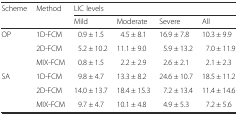
<table><thead><tr><td rowspan="2"><b>Scheme</b></td><td rowspan="2"><b>Method</b></td><td colspan="4"><b>LIC levels</b></td></tr><tr><td><b>Mild</b></td><td><b>Moderate</b></td><td><b>Severe</b></td><td><b>All</b></td></tr></thead><tbody><tr><td rowspan="3">OP</td><td>1D-FCM</td><td>0.9 ± 1.5</td><td>4.5 ± 8.1</td><td>16.9 ± 7.8</td><td>10.3 ± 9.9</td></tr><tr><td>2D-FCM</td><td>5.2 ± 10.2</td><td>11.1 ± 9.0</td><td>5.9 ± 13.2</td><td>7.0 ± 11.9</td></tr><tr><td>MIX-FCM</td><td>0.8 ± 1.5</td><td>2.2 ± 2.9</td><td>2.6 ± 2.1</td><td>2.1 ± 2.3</td></tr><tr><td rowspan="3">SA</td><td>1D-FCM</td><td>9.8 ± 4.7</td><td>13.3 ± 8.2</td><td>24.6 ± 10.7</td><td>18.5 ± 11.2</td></tr><tr><td>2D-FCM</td><td>14.0 ± 13.7</td><td>18.4 ± 15.3</td><td>7.2 ± 13.4</td><td>11.4 ± 14.6</td></tr><tr><td>MIX-FCM</td><td>9.7 ± 4.7</td><td>10.1 ± 4.8</td><td>4.9 ± 5.3</td><td>7.2 ± 5.6</td></tr></tbody></table>